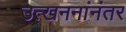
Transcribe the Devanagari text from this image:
उत्खननांनंतर